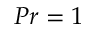
P r = 1